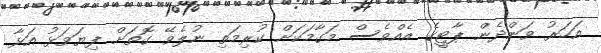
އަހަރު ވަންދެން ޕާޓީގެ އެއްވެސް މަގާމަކަށް ކުރިމަތި ނުލެވޭ ގޮތަށް ފިޔަވަޅު އަޅާ